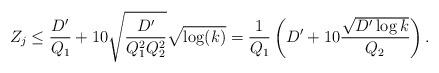
LaTeX: \begin{align*}Z_j \leq \frac{D'}{Q_1} + 10 \sqrt{\frac{D'}{Q_1^2Q_2^2}} \sqrt{\log(k)} = \frac{1}{Q_1}\left( D' + 10\frac{\sqrt{D' \log k}}{Q_2} \right).\end{align*}